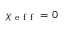
\chi _ { \mathrm { ~ e ~ f ~ f ~ } } = 0